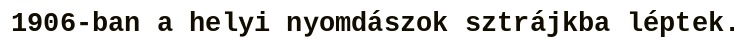
1906-ban a helyi nyomdászok sztrájkba léptek.